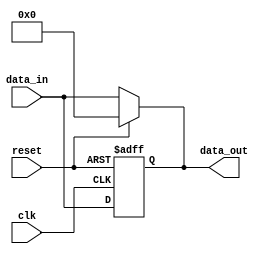
module event_control_example (
    input wire clk,          // Clock signal
    input wire reset,        // Reset signal
    input wire [3:0] data_in, // 4-bit input data
    output reg [3:0] data_out // 4-bit output data
);

    // Sequential logic using @ (posedge clk)
    always @(posedge clk or posedge reset) begin
        if (reset) begin
            data_out <= 4'b0000; // Reset output to 0
        end else begin
            data_out <= data_in; // Update output with input data
        end
    end

    // Combinational logic using @ (data_in or reset)
    always @(data_in or reset) begin
        // This block will execute whenever data_in or reset changes
        if (reset) begin
            data_out = 4'b0000; // Reset output to 0
        end else begin
            data_out = data_in; // Update output with input data
        end
    end

endmodule